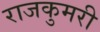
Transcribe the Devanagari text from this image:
राजकुमरी